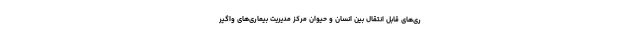
ری‌های قابل انتقال بین انسان و حیوان مرکز مدیریت بیماری‌های واگیر